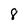
Character: 8